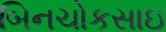
બિનચોકસાઇ